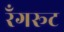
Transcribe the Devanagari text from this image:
रँगरूट